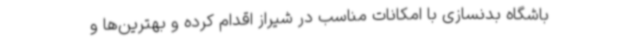
باشگاه بدنسازی با امکانات مناسب در شیراز اقدام کرده و بهترین‌ها و